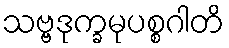
သဗ္ဗဒုက္ခမုပစ္စဂါတိ